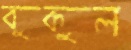
বুকুল